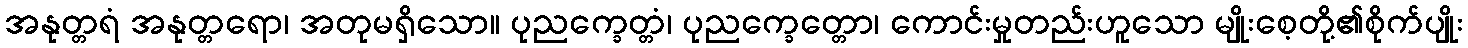
အနုတ္တရံ အနုတ္တရော၊ အတုမရှိသော။ ပုညက္ခေတ္တံ၊ ပုညက္ခေတ္တော၊ ကောင်းမှုတည်းဟူသော မျိုးစေ့တို့၏စိုက်ပျိုး